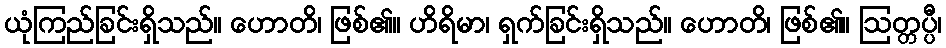
ယုံကြည်ခြင်းရှိသည်။ ဟောတိ၊ ဖြစ်၏။ ဟိရိမာ၊ ရှက်ခြင်းရှိသည်။ ဟောတိ၊ ဖြစ်၏။ ဩတ္တပ္ပီ၊